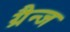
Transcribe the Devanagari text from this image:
ग्रैन्ज